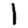
Digit: 1